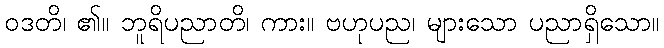
ဝဒတိ၊ ၏။ ဘူရိပညာတိ၊ ကား။ ဗဟုပည၊ များသော ပညာရှိသော။